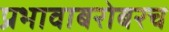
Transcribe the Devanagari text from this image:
प्रभावाबरोबरच